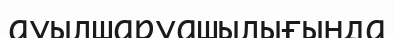
ауылшаруашылығында